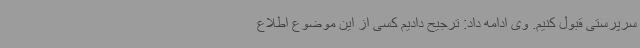
سرپرستی قبول کنیم. وی ادامه داد: ترجیح دادیم کسی از این موضوع اطلاع